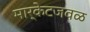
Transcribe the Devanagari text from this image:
मार्केटजवळ